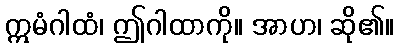
ဣမံဂါထံ၊ ဤဂါထာကို။ အာဟ၊ ဆို၏။